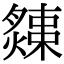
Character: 𤐬